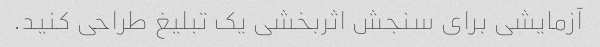
آزمایشی برای سنجش اثربخشی یک تبلیغ طراحی کنید.